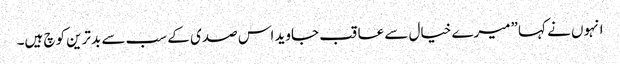
انہوں نے کہا ”میرے خیال سے عاقب جاوید اس صدی کے سب سے بدترین کوچ ہیں۔